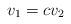
LaTeX: \begin{align*}v_1=cv_2\end{align*}